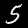
Label: 5